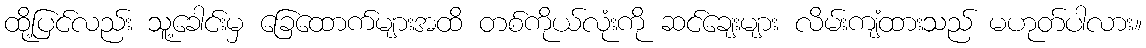
ထို့ပြင်လည်း သူ့ခေါင်းမှ ခြေထောက်များအထိ တစ်ကိုယ်လုံးကို ဆင်ချေးများ လိမ်းကျံထားသည် မဟုတ်ပါလား။